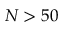
N > 5 0